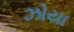
ઝોયા